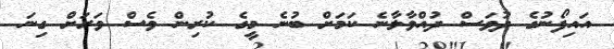
އައިފޯނުގެ ދުވަސް ދުއްވާލާނެ ކަމަށް ބުނެ މީގެ ކުރިން ވެސް ވަރަށް ގިނަ